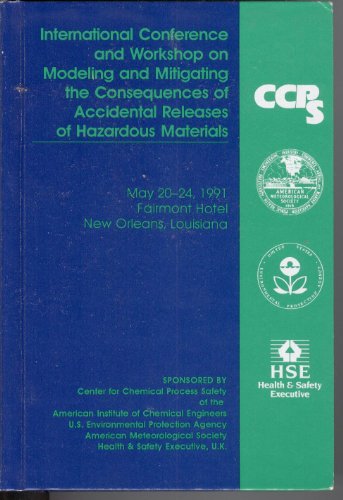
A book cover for International Conference and Workshop on Modeling and Mitigating the Consequences of Accidental Releases of Hazardous Materials May 20-24, 1991 Fairm; Science & Math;